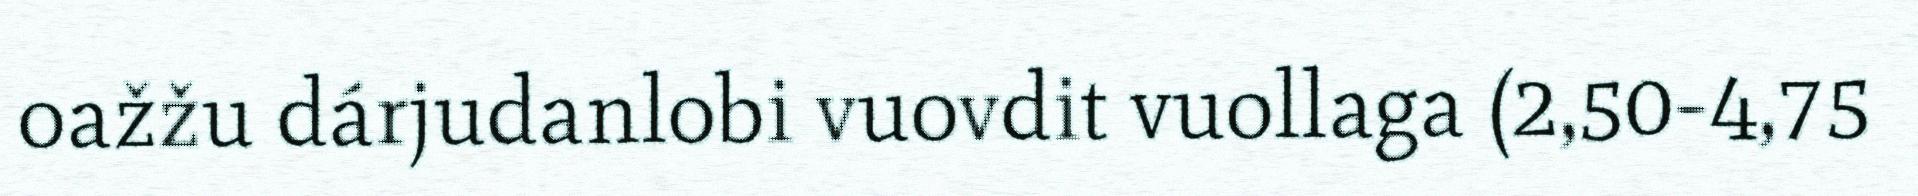
oažžu dárjudanlobi vuovdit vuollaga (2,50-4,75